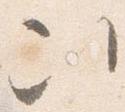
次